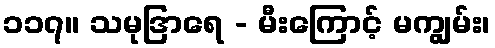
၁၁၇။ သမုဒြာရေ - မီးကြောင့် မကျွမ်း၊